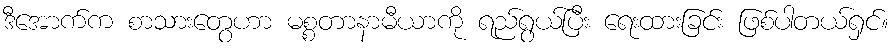
ဒီအောက်က စာသားတွေဟာ မစ္စတာနာမီယာကို ရည်ရွယ်ပြီး ရေးထားခြင်း ဖြစ်ပါတယ်ရှင်။